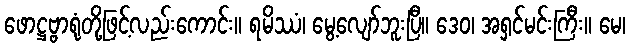
ဖောဋ္ဌဗ္ဗာရုံတို့ဖြင့်လည်းကောင်း။ ရမိဿံ၊ မွေ့လျော်ဘူးပြီ။ ဒေဝ၊ အရှင်မင်းကြီး။ မေ၊